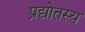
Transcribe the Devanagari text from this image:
प्रद्योतस्य